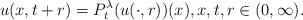
LaTeX: \begin{align*}u(x,t+r)=P_t^\lambda (u(\cdot , r))(x),x,t,r\in (0,\infty ).\end{align*}